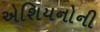
એશિયનોની